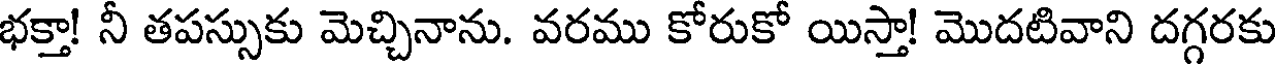
భక్తా! నీ తపస్సుకు మెచ్చినాను. వరము కోరుకో యిస్తా! మొదటివాని దగ్గరకు